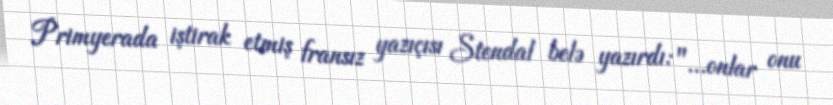
Primyerada iştirak etmiş fransız yazıçısı Stendal belə yazırdı: "…onlar onu